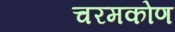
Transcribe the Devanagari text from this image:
चरमकोण